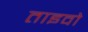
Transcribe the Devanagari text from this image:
ताइवो